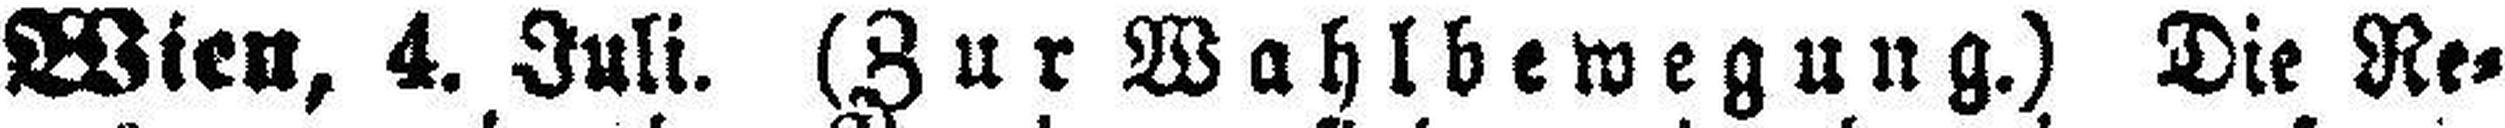
Wien, 4. Juli. (Zur Wahlbewegung.) Die Re¬